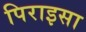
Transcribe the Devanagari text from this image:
पिराइसा